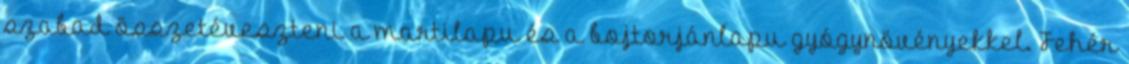
szabad összetéveszteni a martilapu és a bojtorjánlapu gyógynövényekkel. Fehér